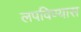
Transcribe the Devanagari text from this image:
लपविण्यास